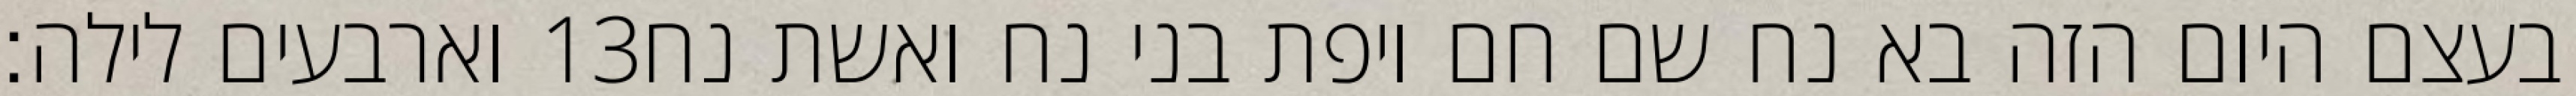
וארבעים לילה׃ ‎13‏ בעצם היום הזה בא נח שם חם ויפת בני נח ואשת נח